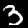
Label: 3